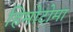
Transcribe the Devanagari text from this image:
हिमोटोमा